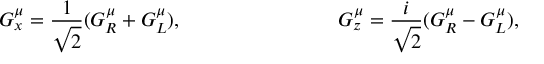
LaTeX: G _ { x } ^ { \mu } = \frac { 1 } { \sqrt { 2 } } ( G _ { R } ^ { \mu } + G _ { L } ^ { \mu } ) , \ ~ ~ ~ ~ ~ ~ \ ~ ~ ~ ~ ~ ~ ~ \ ~ ~ ~ ~ ~ ~ ~ G _ { z } ^ { \mu } = \frac { i } { \sqrt { 2 } } ( G _ { R } ^ { \mu } - G _ { L } ^ { \mu } ) ,